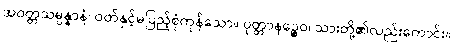
အဝတ္တသမ္ပန္နာနံ၊ ဝတ်နှင့်မပြည့်စုံကုန်သော။ ပုတ္တာနဉ္စေဝ၊ သားတို့၏လည်းကောင်း။